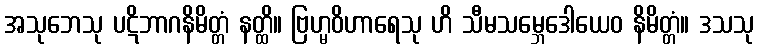
အသုဘေသု ပဋိဘာဂနိမိတ္တံ နတ္ထိ။ ဗြဟ္မဝိဟာရေသု ဟိ သီမသမ္ဘေဒေါယေဝ နိမိတ္တံ။ ဒသသု